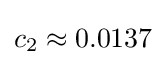
c_{2}\approx 0.0137